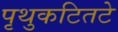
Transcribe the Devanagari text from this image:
पृथुकटितटे